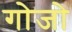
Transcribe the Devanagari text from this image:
गोजो